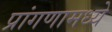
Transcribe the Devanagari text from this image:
प्रांगणामध्ये